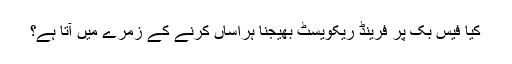
کیا فیس بک پر فرینڈ ریکویسٹ بھیجنا ہراساں کرنے کے زمرے میں آتا ہے؟